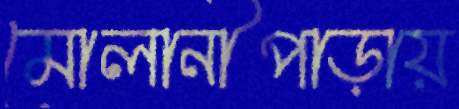
মোলানীপাড়ায়